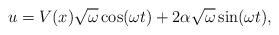
LaTeX: \begin{align*} u=V(x)\sqrt\omega\cos(\omega t)+2\alpha\sqrt\omega\sin(\omega t),\end{align*}